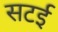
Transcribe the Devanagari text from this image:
सटई